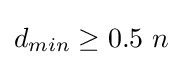
d_{min}\geq 0.5\ n